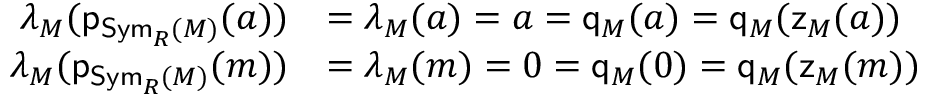
\begin{array} { r l } { \lambda _ { M } ( \mathsf { p } _ { \mathsf { S y m } _ { R } ( M ) } ( a ) ) } & { = \lambda _ { M } ( a ) = a = \mathsf { q } _ { M } ( a ) = \mathsf { q } _ { M } ( \mathsf { z } _ { M } ( a ) ) } \\ { \lambda _ { M } ( \mathsf { p } _ { \mathsf { S y m } _ { R } ( M ) } ( m ) ) } & { = \lambda _ { M } ( m ) = 0 = \mathsf { q } _ { M } ( 0 ) = \mathsf { q } _ { M } ( \mathsf { z } _ { M } ( m ) ) } \end{array}